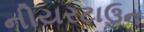
નીયરટાઉન